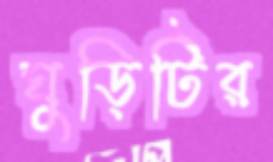
ঘুড়িটির